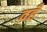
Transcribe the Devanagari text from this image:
वहँ